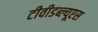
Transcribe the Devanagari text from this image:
टीवीडब्ल्यूएस